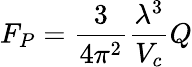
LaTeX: F_{P}=\frac{3}{4\pi^{2}}\frac{\lambda^{3}}{V_{c}}Q